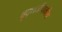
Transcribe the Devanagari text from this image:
वृद्धजीवकीय